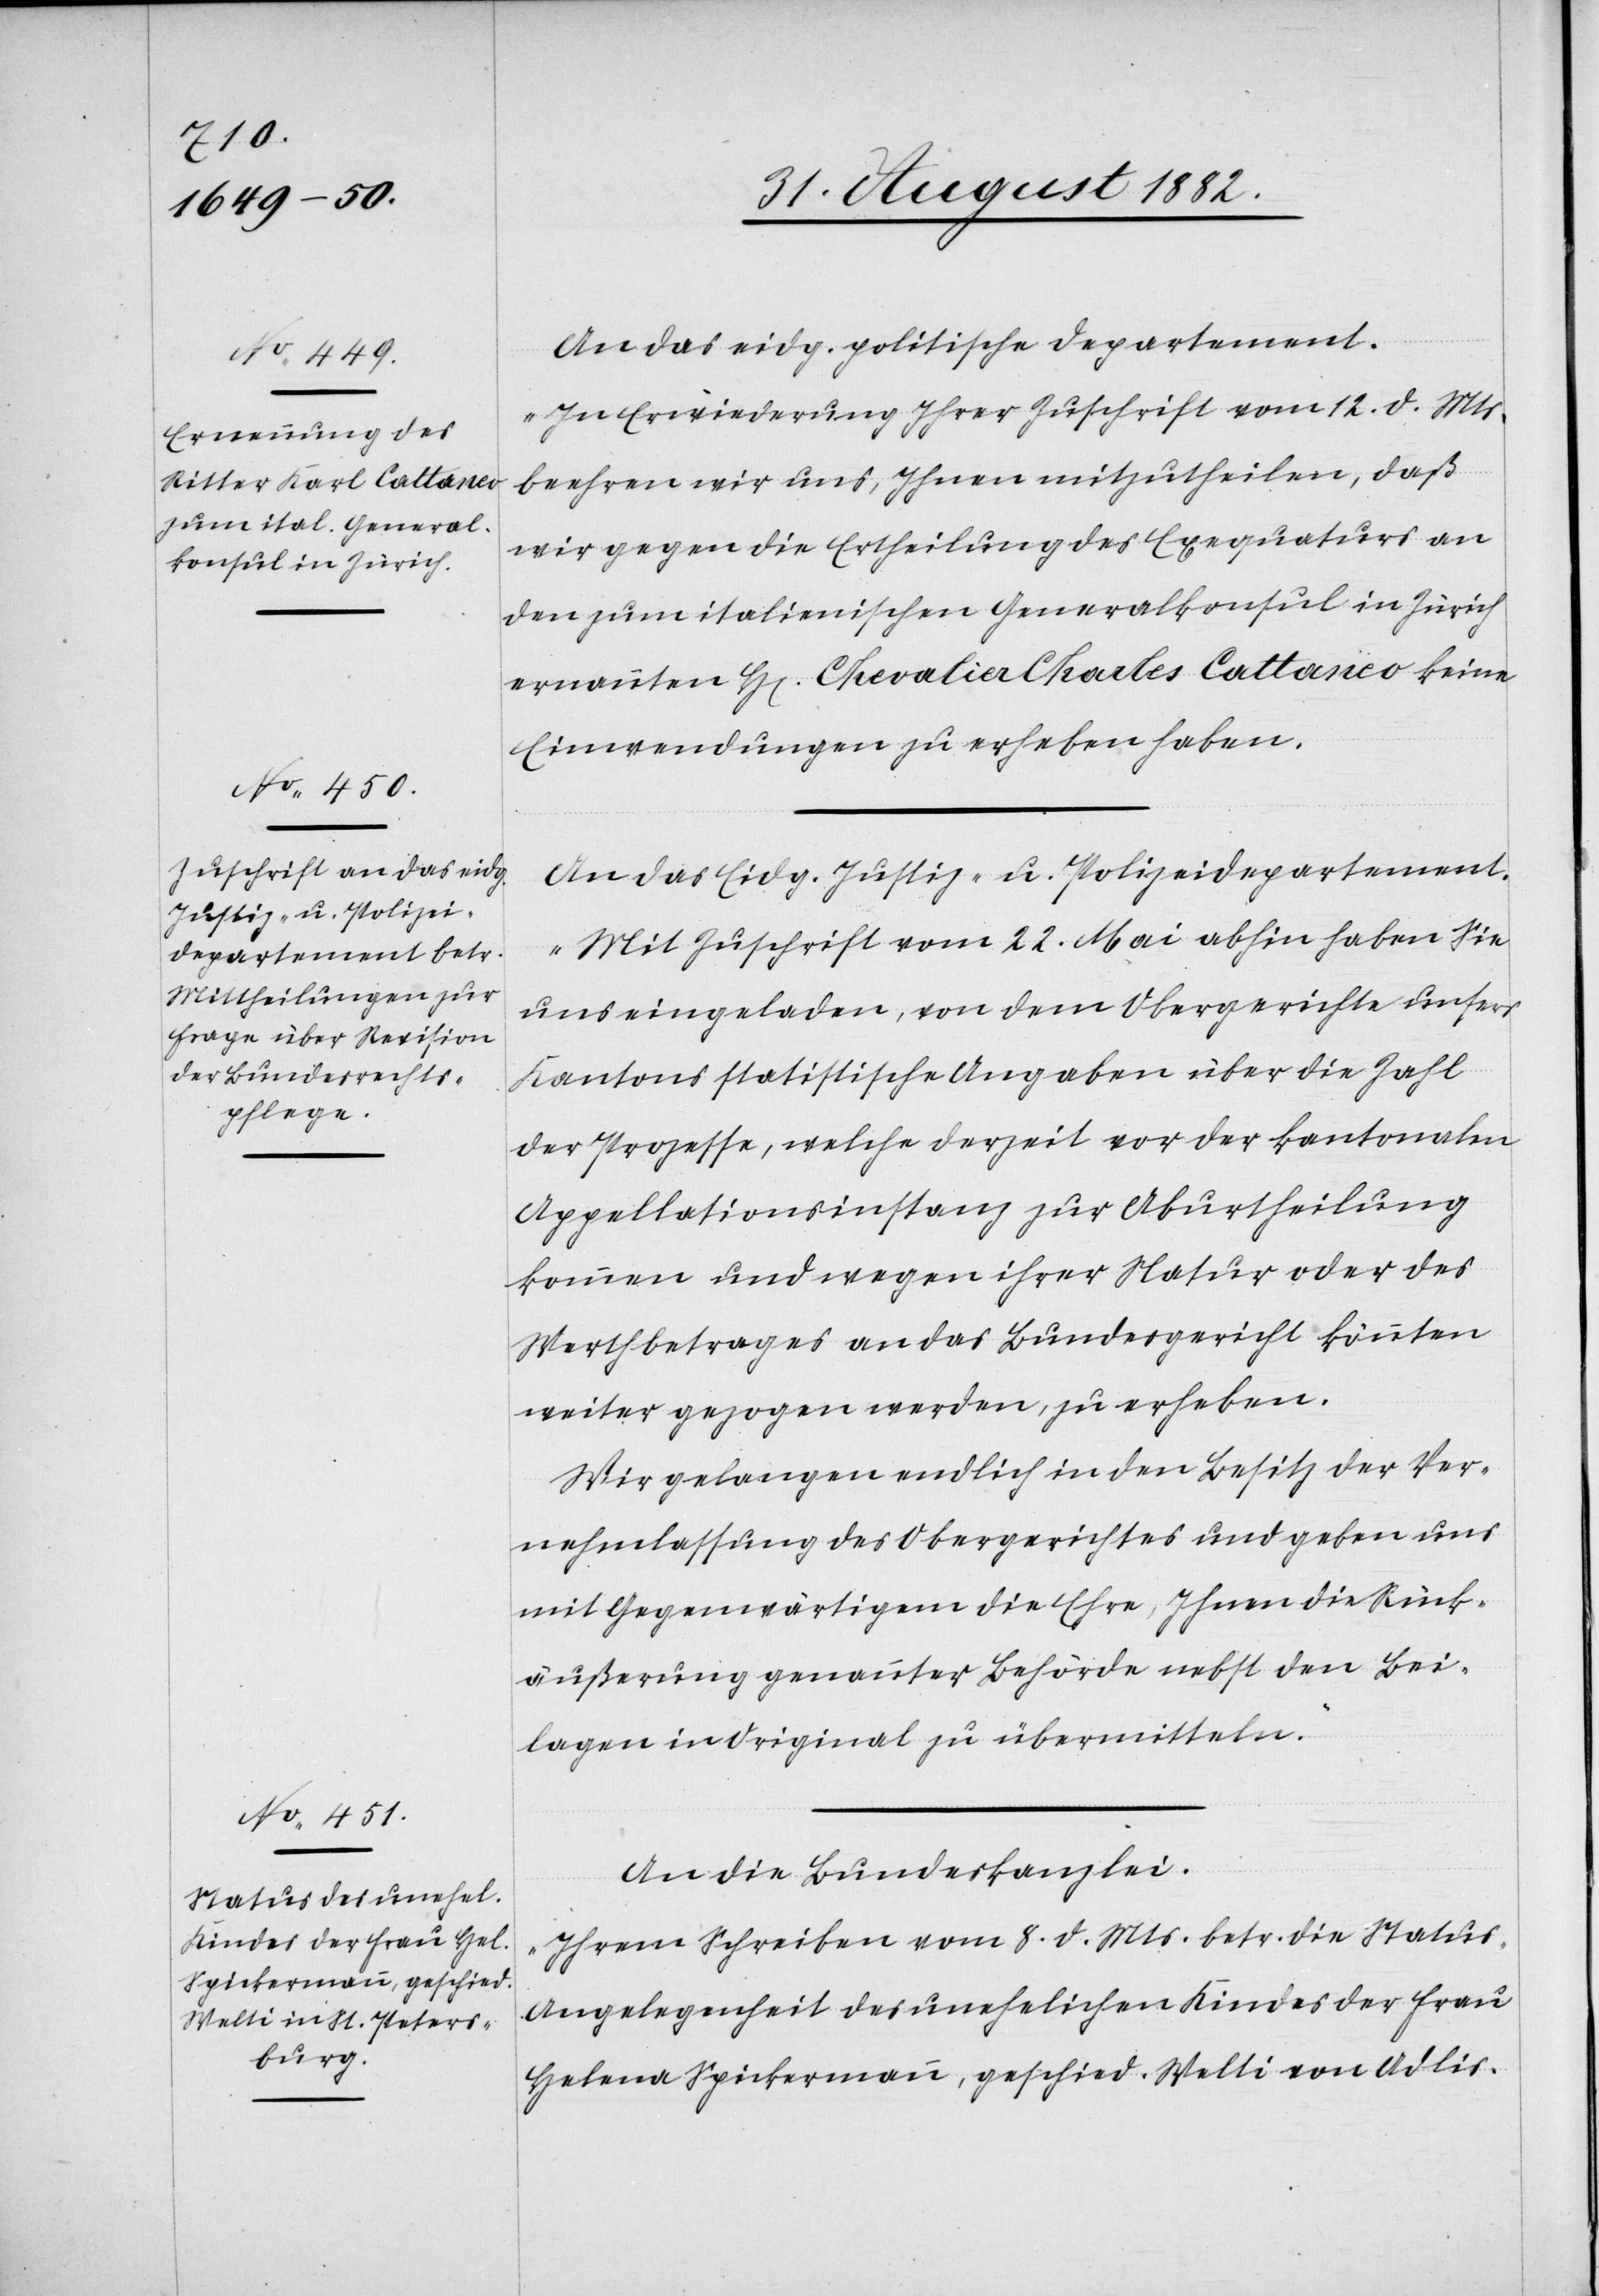
31. August 1882.]
An das eidg. politische Departement.
„In Erwiederung Ihrer Zuschrift vom 12. d. Mts.
beehren wir uns, Ihnen mitzutheilen, daß
wir gegen die Ertheilung des Exequaturs an
den zum italienischen Generalkonsul in Zürich
ernannten H[en] Chevalier Charles Cattaneo keine
Einwendungen zu erheben haben.“
An das Eidg. Justiz- u. Polizeidepartement.
„Mit Zuschrift vom 22. Mai abhin haben Sie
uns eingeladen, von dem Obergerichte unsers
Kantons statistische Angaben über die Zahl
der Prozesse, welche derzeit vor der kantonalen
Appellationsinstanz zur Aburtheilung
kommen und wegen ihrer Natur oder des
Werthbetrages an das Bundesgericht könnten
weiter gezogen werden, zu erheben.
Wir gelangen endlich in den Besitz der Ver¬
nehmlassung des Obergerichtes und geben uns
mit Gegenwärtigem die Ehre, Ihnen die Rück¬
äußerung genannter Behörde nebst den Bei¬
lagen in Original zu übermitteln.“
An die Bundeskanzlei.
„Ihrem Schreiben vom 8. d. Mts. betr. die Statu¬
s-Angelegenheit des unehelichen Kindes der Frau
Helena Spickermann, geschied. Welt in Adlis-